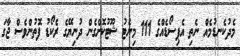
މެދުކެނޑުމެއް ނެތި އެޕިސޯޑެއްގެ 111 މިނެޓު ޝޫޓުކޮށްގެން ދުނިޔޭގެ ރެކޯޑު ފޮތުންވެސް ޖާގަ